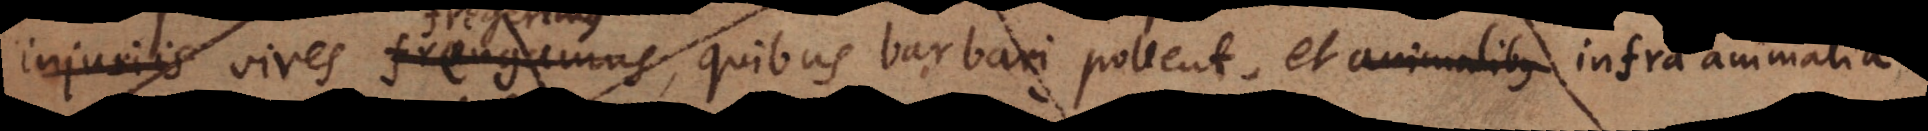
injuriis vires frangamus, quibus barbari pollent, et animalibus di